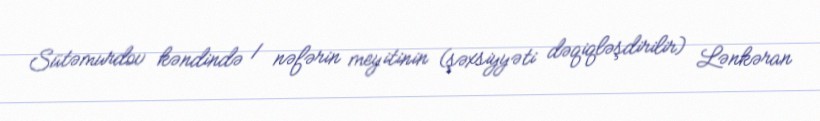
Sütəmurdov kəndində 1 nəfərin meyitinin (şəxsiyyəti dəqiqləşdirilir) Lənkəran